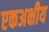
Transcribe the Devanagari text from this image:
एकअक्षीय